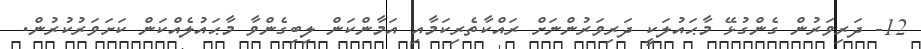
12- ދަރިވަރުން ގެންގުޅޭ މާޙައުލަކީ ދަރިވަރުންނަށް ރައްކާތެރިކަމާއި އަމާންކަން ލިބިގެންވާ މާޙައުލެއްކަން ކަށަވަރުކުރުން.